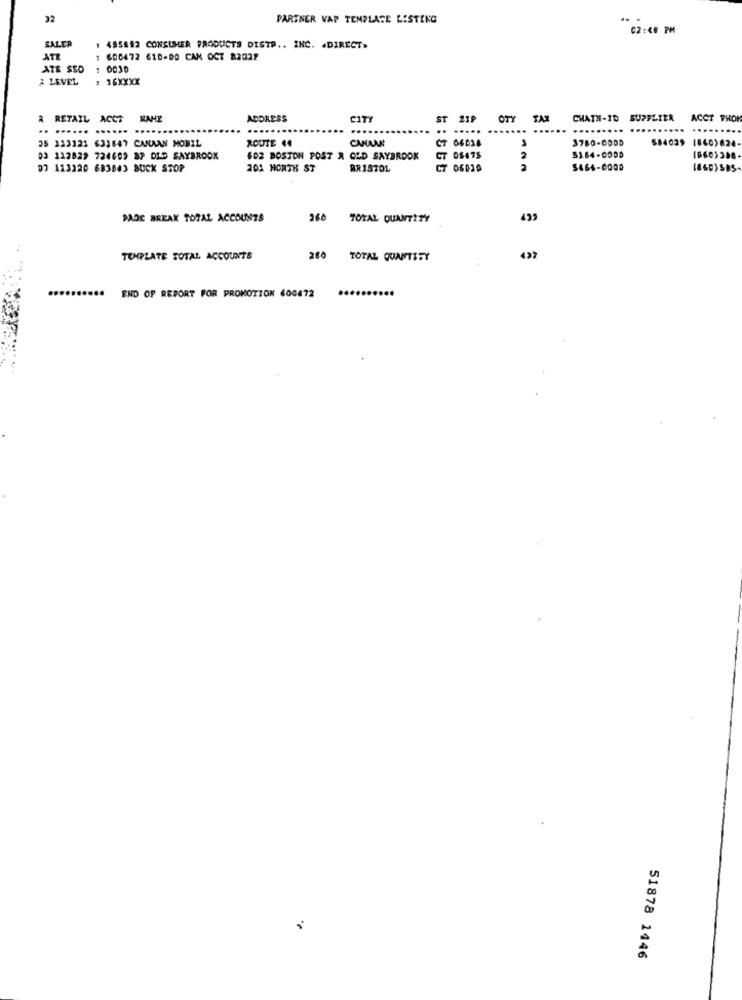
32
PARTNER VAP TEMPLATE LISTING
02:48 PM
SALER
1 495892 CONSUMER PRODUCTS DISTP .. INC. . DIRECT»
ATZ
1 600472 618-80 CAN OCT 8202F
ATE SSO
: 0030
& LEVEL
, 16XXXX
A RETAIL ACCT NAHE
ADDRESS
CITY
ST
ST ZIP
OTY
TAX
CHATN-ID SUPPLIER
ACCT PHON
.......
.. ..... ...
...
.......
35 133121 633647 CARAAN MOBIL
ROUTE ..
CANAAR
CT 06034
3780-0000
$84029 1660)824-
03 112829 724609 B2 DID SAYBROOK
602 BOSTON POST A OLD SAYBROOK
CT 08475
2
5164-0000
16603388
07 113120 683843 BUCK STOP
201 HORTH ST
BRISTOL
CT 06030
2
DADE BREAK TOPAL ACCOUNTS
260
TOTAL QUANTITY
TEMPLATE TOTAL ACCOUNTS
260
TOTAL QUANTITY
...
END OF REPORT FOR PROMOTION 600472
51878 1446